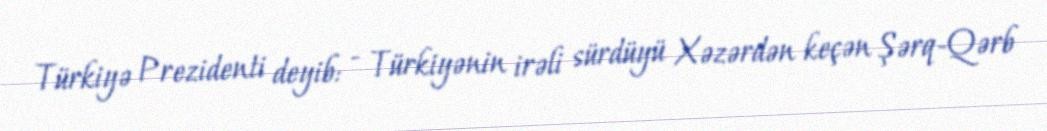
Türkiyə Prezidenti deyib: - Türkiyənin irəli sürdüyü Xəzərdən keçən Şərq-Qərb